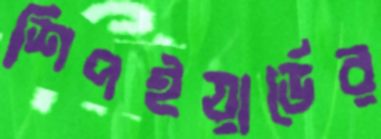
শিপইয়ার্ডের